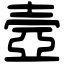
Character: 壼